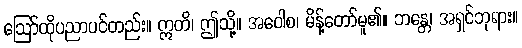
ဩော်ထိုပညာပင်တည်း။ ဣတိ၊ ဤသို့။ အဝေါစ၊ မိန့်တော်မူ၏။ ဘန္တေ၊ အရှင်ဘုရား။